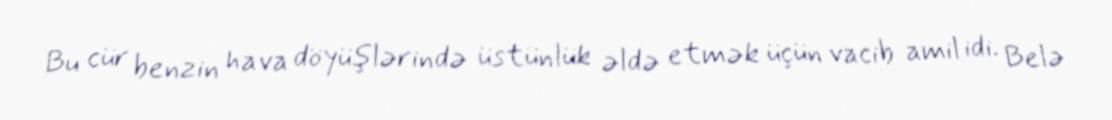
Bu cür benzin hava döyüşlərində üstünlük əldə etmək üçün vacib amil idi. Belə